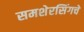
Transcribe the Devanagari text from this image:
समशेरसिंगचे